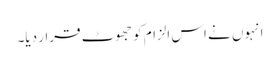
انہوں نے اس الزام کو جھوٹ قرار دیا۔